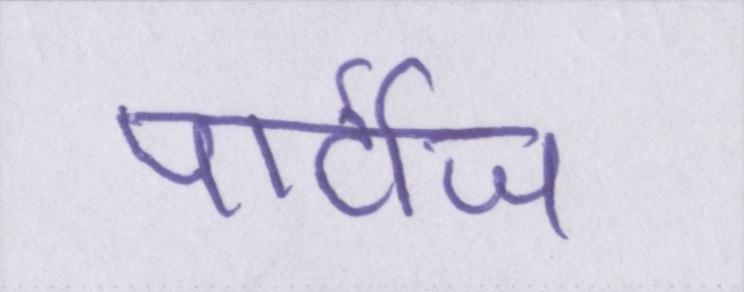
पार्टीज